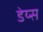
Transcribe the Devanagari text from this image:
डेय्स